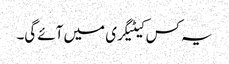
یہ کس کیٹیگری میں آئے گی۔